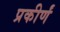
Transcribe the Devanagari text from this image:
प्रकीर्णं